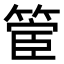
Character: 𮅬